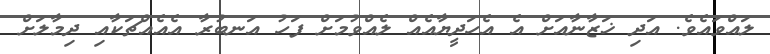
ލައްވައެވެ. އަދި ޚަޒާނާއަށް އެ އެހަދީޔާއެއް ލެއްވުމަށް ފަހު އަނބުރާ އެއެއްޗަކާއި ދިމާލަށް